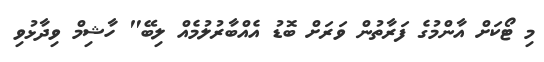
މި ޓޯކަށް އާންމުގެ ފަރާތުން ވަރަށް ބޮޑު އެއްބާރުލުމެއް ލިބޭ" ހާޝިމް ވިދާޅުވި